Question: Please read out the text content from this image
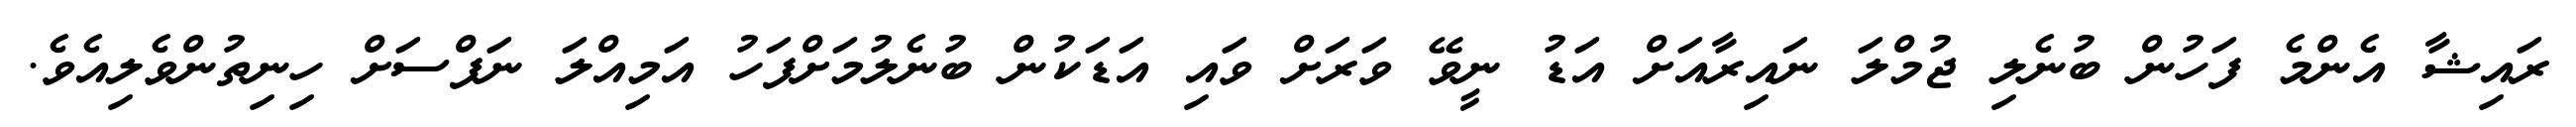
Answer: ރައިޝާ އެންމެ ފަހުން ބުނެލި ޖުމްލަ ނައިރާއަށް އަޑު ނީވޭ ވަރަށް ވައި އަޑަކުން ބުނެލުމަށްފަހު އަމިއްލަ ނަފްސަށް ހިނިތުންވެލިއެވެ.